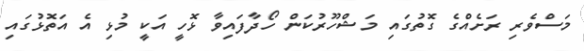
މަސްވެރި ރަށެއްގެ ގޮތުގައި މަޝްހޫރުކަން ހޯދާފައިވާ ޅޮހީ އަކީ މުޅި އެ އަތޮޅުގައި